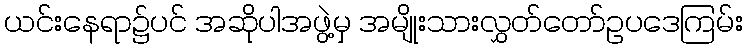
ယင်းနေရာ၌ပင် အဆိုပါအဖွဲ့မှ အမျိုးသားလွှတ်တော်ဥပဒေကြမ်း